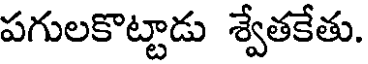
పగులకొట్టాడు శ్వేతకేతు.